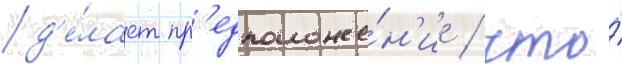
д'е́лает пр'едположе́н'ие / что́